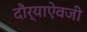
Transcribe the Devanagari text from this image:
दौर्‍याऐवजी